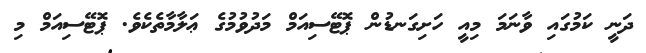
ދަނީ ކަމުގައި ވާނަމަ މިއީ ހަށިގަނޑުން ޕޮޓޭސިއަމް މަދުވުމުގެ ޢަލާމާތެކެވެ. ޕޮޓޭސިއަމް މި